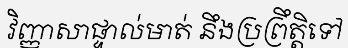
វិញ្ញាសាផ្ទាល់មាត់ នឹងប្រព្រឹត្តិទៅ